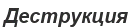
Деструкция